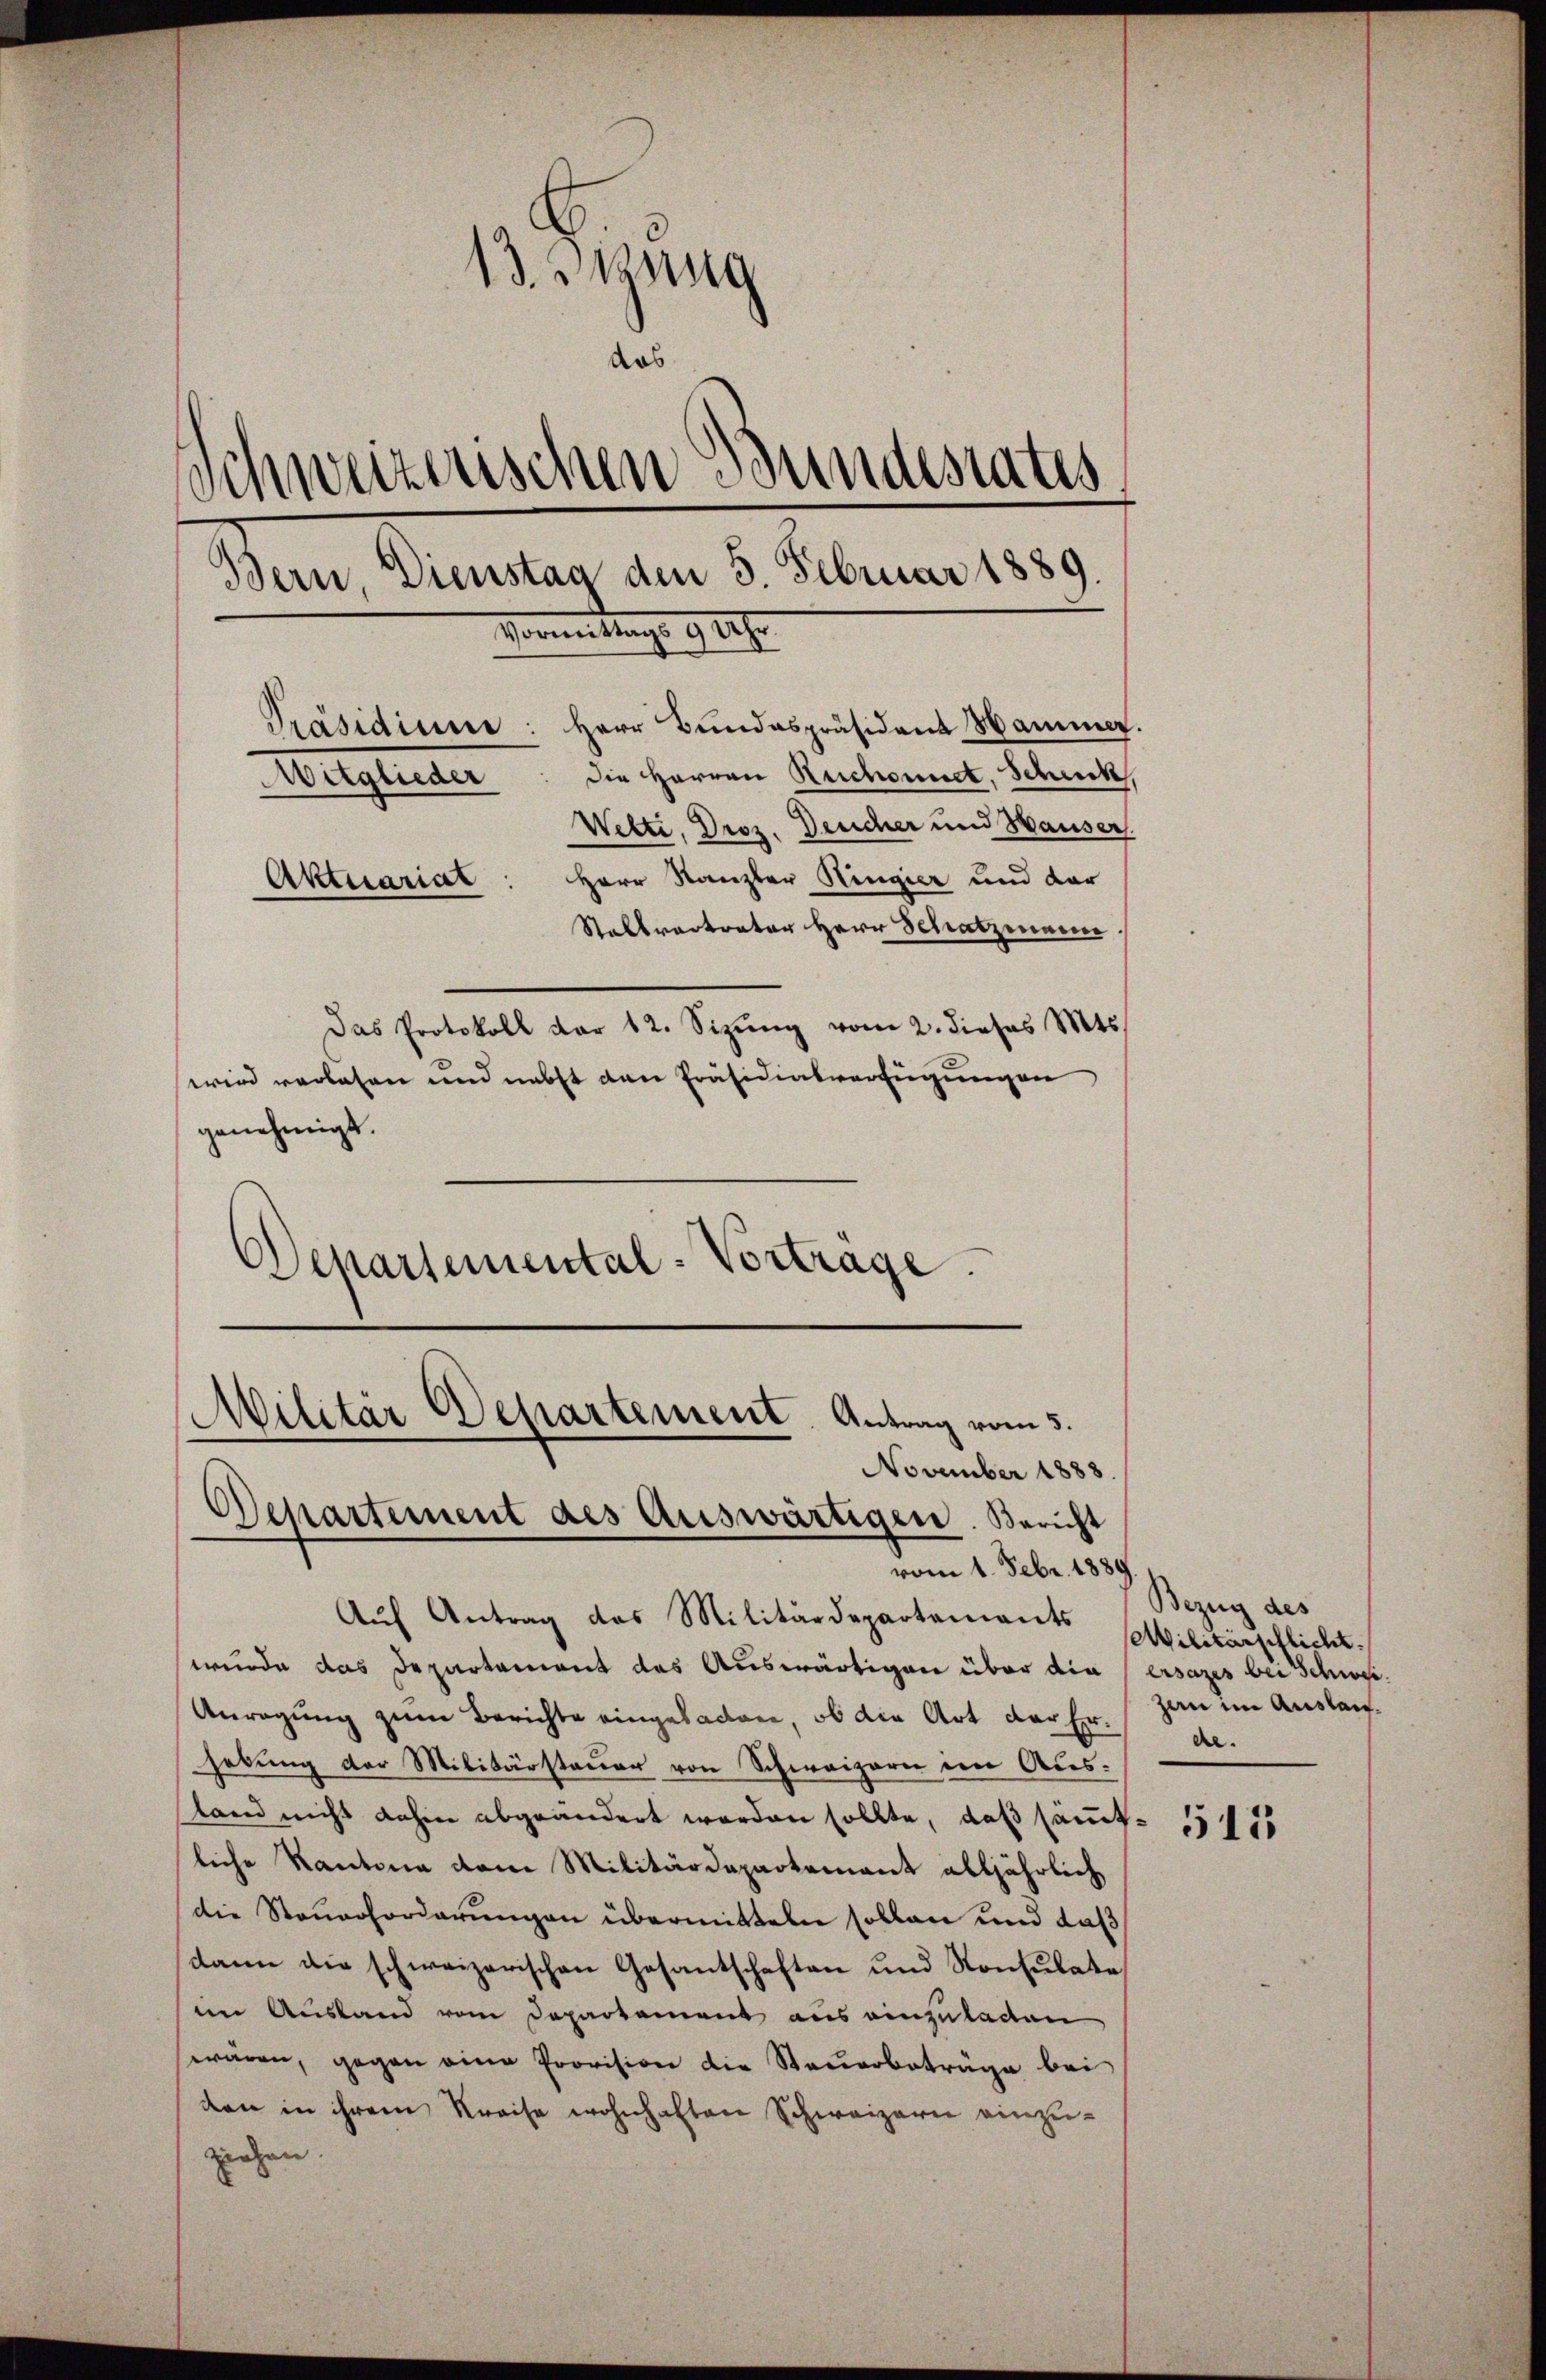
13. Massg
das
Schweizerischen Bundestatis
Bern, Dienstag den 5. Februar 1889.
Vormitung 92 f.
Präsidiume: Herr Bŭndespräsident Hammer.
Witglieder: die Herren Reichnet, Schuck,
Wetti, Droz. Deucher und Hauser.
Herr Stanzler Ringier und dar
Aktuariat
Stallvertrator Herr Schatzmann.

Das Protokoll dar 12. Sizŭng vom 2. dieses 1815.
wird verlesen und nebst den Präsidialverfügungen
genehmigt.
Departemental-Vortrage.

Aŭf Antrag das Militärdepartements
wurde das Departement des Auswärtigen über die
Anregung zum Berichte eingeladen, ob die Art der Erhebung der Militärstauer von Schweizern im Ausstand nicht dahin abgeändert worden sollte, daß samt
liche Kantone dem Militärdepartement alljährlich
die Steuerforderungen übermitteln sollen und daß
dame die schweizerischen Gesantschaften und Konsulate
sem Austand vom Departement aus einzuladen
waren, gegen eine Provision die Steuerbeträge bei
den in ihrem Kreise wohnhaften Schweizern einzuziehen.

Militär Departement Antrag vom 5.
November 1883.
Departement des Auswärtigen. Bericht
vom 1. Febr. 1889

Bezug des
Militärpflicht.
ersazes bei Schwei
zau im Auslande.

513